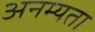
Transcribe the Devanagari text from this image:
अनम्यता